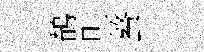
鶺則螯